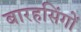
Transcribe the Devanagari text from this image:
बारहसिंगों